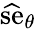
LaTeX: {\widehat{\mathrm{se}}}_{\theta}